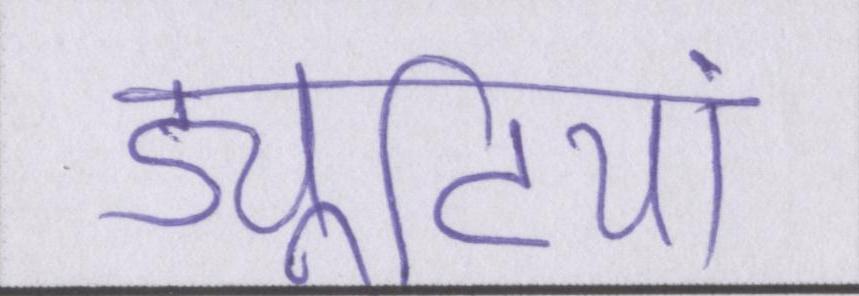
ड्यूटियां